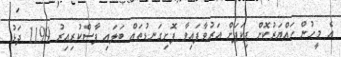
އެ މީހުން ހައްޔަރުކޮށް ޕިކަޕަށް އަރުވާފައިވާ ފޮށިގަނޑުތައް ބަލައި ފާސްކުރިއިރު 1199 ދަޅު